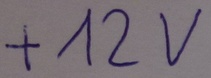
Text: +12V